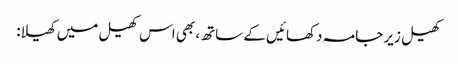
کھیل زیر جامہ دکھائیں کے ساتھ، بھی اس کھیل میں کھیلا: